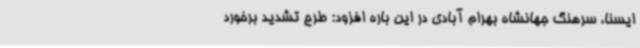
ایسنا، سرهنگ جهانشاه بهرام آبادی در این باره افزود: طرح تشدید برخورد